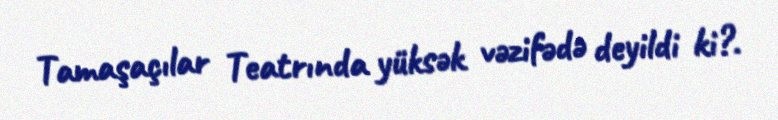
Tamaşaçılar Teatrında yüksək vəzifədə deyildi ki?.